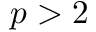
p > 2